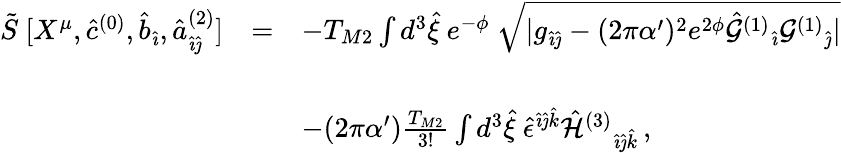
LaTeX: \begin{array}{rcl}{{\tilde{S}\ [X^{\mu},\hat{c}^{(0)},\hat{b}_{\hat{\imath}},{\hat{a}}_{\hat{\imath}\hat{\jmath}}^{(2)}]}}&{{=}}&{{-T_{M2}\int d^{3}\hat{\xi}\ e^{-\phi}\ \sqrt{|g_{\hat{\imath}\hat{\jmath}}-(2\pi\alpha^{\prime})^{2}e^{2\phi}\hat{\cal G}^{(1)}{}_{\hat{\imath}}{\cal G}^{(1)}{}_{\hat{\jmath}}|}}}\\ {{}}&{{}}&{{}}\\ {{}}&{{}}&{{-(2\pi\alpha^{\prime})\frac{T_{M2}}{3!}\int d^{3}\hat{\xi}\ \hat{\epsilon}^{\hat{\imath}\hat{\jmath}\hat{k}}\hat{\cal H}^{(3)}{}_{\hat{\imath}\hat{\jmath}\hat{k}}\, ,}}\end{array}